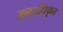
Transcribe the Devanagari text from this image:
अनअधिकृत